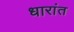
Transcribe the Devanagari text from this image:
धारांत